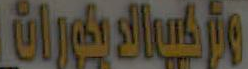
Whipple